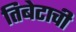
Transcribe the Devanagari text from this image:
तिबेटाची